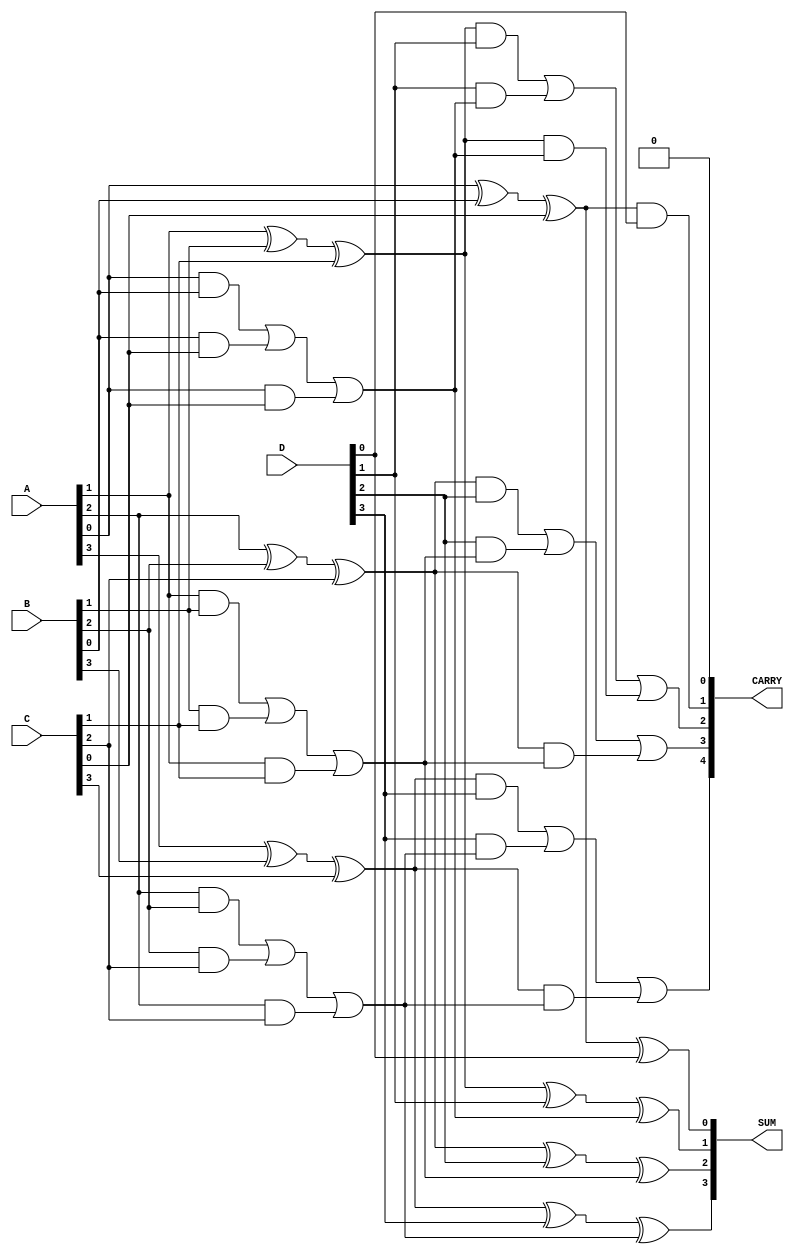
module MultiLevelCSA #(parameter N = 4, parameter STAGES = 2)(
    input wire [N-1:0] A,
    input wire [N-1:0] B,
    input wire [N-1:0] C,
    input wire [N-1:0] D, // Additional input can be included
    output wire [N-1:0] SUM,
    output wire [N:0] CARRY
);
    
    // Intermediate sums and carries
    wire [N-1:0] sum_level1, sum_level2;
    wire [N:0] carry_level1, carry_level2;

    // Level 1: Compute intermediate sums and carries for the first three inputs (A, B, C)
    generate
        genvar i;
        for (i = 0; i < N; i = i + 1) begin : level1
            assign sum_level1[i] = A[i] ^ B[i] ^ C[i];        // Sum using XOR
            assign carry_level1[i+1] = (A[i] & B[i]) | (B[i] & C[i]) | (A[i] & C[i]); // Carry using AND
        end
        assign carry_level1[0] = 1'b0; // Initial carry is 0
    endgenerate

    // Level 2: Compute the sums and carries with the intermediate sums and the next input (D)
    generate
        for (i = 0; i < N; i = i + 1) begin : level2
            assign sum_level2[i] = sum_level1[i] ^ D[i] ^ carry_level1[i]; // Sum for level 2
            assign carry_level2[i+1] = (sum_level1[i] & D[i]) | (D[i] & carry_level1[i]) | (sum_level1[i] & carry_level1[i]); // Carry for level 2
        end
        assign carry_level2[0] = 1'b0; // Initial carry is 0
    endgenerate

    // Final output: Sum and Carry
    assign SUM = sum_level2;
    assign CARRY = carry_level2;

endmodule